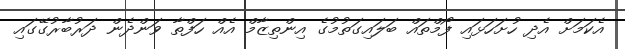
އެކަމަށް އެދި ހުށަހަޅައި ފޯމްތައްް ބަލައިގަތުމުގެ އިންތިޒާމް އެއް ހަފްތާ ވަންދެން ދަރުބާރުގޭގައި